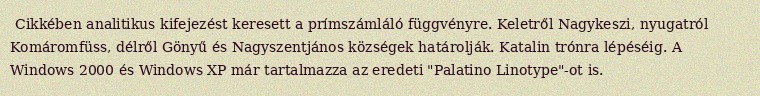
Cikkében analitikus kifejezést keresett a prímszámláló függvényre. Keletről Nagykeszi, nyugatról Komáromfüss, délről Gönyű és Nagyszentjános községek határolják. Katalin trónra lépéséig. A Windows 2000 és Windows XP már tartalmazza az eredeti "Palatino Linotype"-ot is.